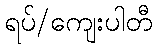
ရပ်/ကျေးပါတီ